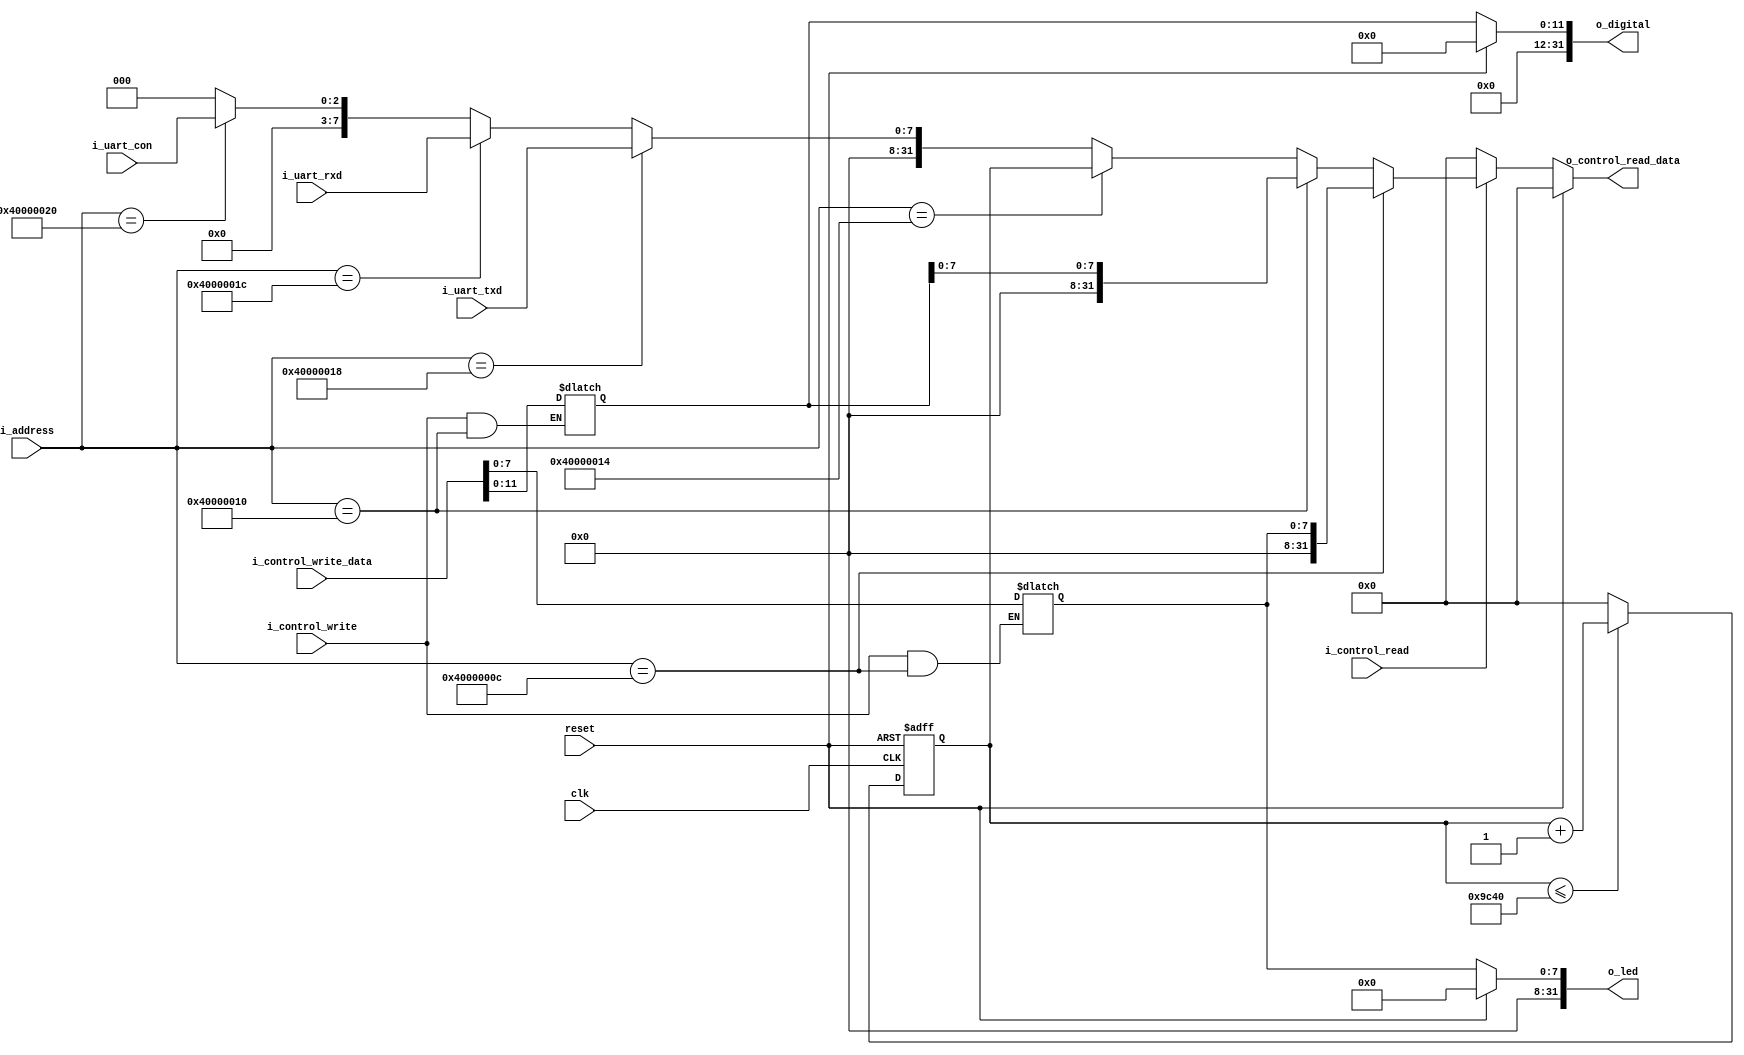
`timescale 1ns / 1ps
module PeripheralControl(reset,
                         clk,
                         i_address,
                         i_control_read,
                         i_control_write,
                         i_control_write_data,
                         i_uart_rxd,
                         i_uart_txd,
                         i_uart_con,
                         o_control_read_data,
                         o_led,
                         o_digital
                         );
    
    parameter LED_ADDRESS             = 32'h4000000C;
    parameter DIGITAL_ADDRESS         = 32'h40000010;
    parameter SYS_CLK_COUNTER_ADDRESS = 32'h40000014;
    parameter UART_TXD_ADDRESS        = 32'h40000018;
    parameter UART_RXD_ADDRESS        = 32'h4000001C;
    parameter UART_CON_ADDRESS        = 32'h40000020;
    parameter CLKS_IN_1MS = 32'd10000; // 100MHz
    
    input reset,clk;
    input i_control_read;
    input i_control_write;
    input [31:0] i_address;
    input [31:0] i_control_write_data;

    input [7:0] i_uart_rxd;
    input [7:0] i_uart_txd;
    input [2:0] i_uart_con;
    
    output [31:0] o_control_read_data;
    output [31:0] o_led;
    output [31:0] o_digital;
    
    reg [31:0] r_led;
    reg [31:0] r_digital;
    reg [31:0] r_clk;
    
    initial begin
        r_led     <= 32'b0;
        r_digital <= 32'b0;
        r_clk     <= 32'b0;
    end
    
    assign o_control_read_data = reset?32'b0:
    (~i_control_read)?32'b0:
    (i_address == LED_ADDRESS)?{24'b0, r_led[7:0]}:
    (i_address == DIGITAL_ADDRESS)?{20'b0, r_digital[7:0]}:
    (i_address == SYS_CLK_COUNTER_ADDRESS)?r_clk:
    (i_address == UART_TXD_ADDRESS)?i_uart_txd:
    (i_address == UART_RXD_ADDRESS)?i_uart_rxd:
    (i_address == UART_CON_ADDRESS)?i_uart_con:
    32'b0;
    
    always @(*) begin
        if(i_control_write && i_address == LED_ADDRESS)begin
            r_led <= {24'b0, i_control_write_data[7:0]};
        end
        else begin
            r_led <= r_led;
        end

        if(i_control_write && i_address == DIGITAL_ADDRESS)begin
            r_digital <= {20'b0, i_control_write_data[11:0]};
        end
        else begin
            r_digital <= r_digital;
        end
    end

    always @(posedge clk or posedge reset) begin
        if (reset) begin
            r_clk <= 32'h0;
        end
        else if(r_clk <= CLKS_IN_1MS*4) begin
            r_clk <= r_clk + 1;
        end
        else begin
            r_clk <= 32'h0;
        end
    end
    
    assign o_led     = reset?0:r_led;
    assign o_digital = reset?0:r_digital;
    
endmodule